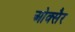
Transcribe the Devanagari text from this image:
ओक्सैर